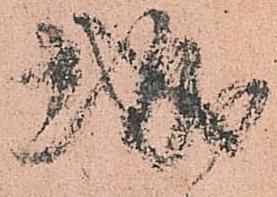
城